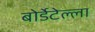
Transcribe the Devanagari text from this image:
बोर्डेटेल्ला